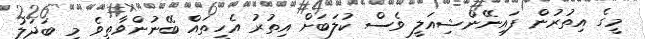
މީގެ އިތުރުން ފައިނޭންޝިއަލީ ވެސް ކުލަބަށް އިތުރު އެހީތައް ބޭނުންވާތީވެ މި ބަދަލު